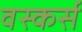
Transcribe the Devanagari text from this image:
वस्कर्स